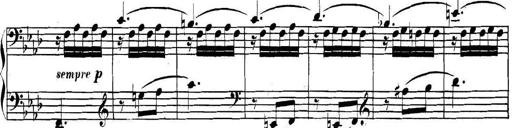
Title: Collected Piano Sonatas
Composer: Muzio Clementi